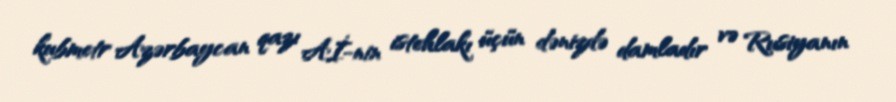
kubmetr Azərbaycan qazı Aİ-nin istehlakı üçün dənizdə damladır və Rusiyanın